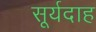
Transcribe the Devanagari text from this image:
सूर्यदाह